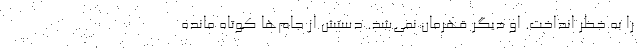
را به خطر انداخت. او دیگر قهرمان نمی‌شد. دستش از جام‌ها کوتاه مانده